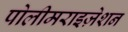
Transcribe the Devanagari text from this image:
पोलीमराइज़ेशन